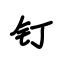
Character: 钉